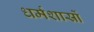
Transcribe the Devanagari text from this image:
धर्मशास्रों